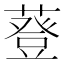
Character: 䔲